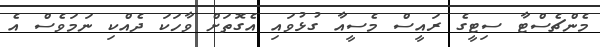
މެންޗެސްޓާ ސިޓީގެ ރައީސް މެސީއާ ގުޅުވައި އެގޮތަށް ވާހަކަ ދެއްކި ނަމަވެސް އެ